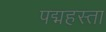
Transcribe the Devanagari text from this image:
पद्महस्ता